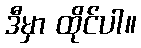
ဒီမှာ ထိုင်ပါ။